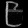
Digit: ၉